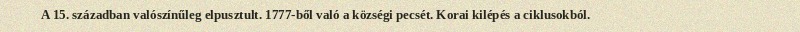
A 15. században valószínűleg elpusztult. 1777-ből való a községi pecsét. Korai kilépés a ciklusokból.